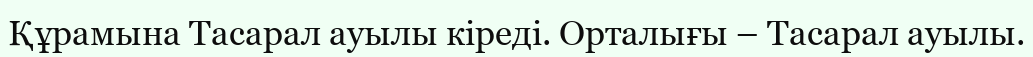
Құрамына Тасарал ауылы кіреді. Орталығы – Тасарал ауылы.